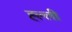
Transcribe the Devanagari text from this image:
ह्ल्ली